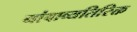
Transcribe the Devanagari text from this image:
नांवाव्यतिरिक्त